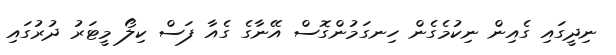
ނިދީގައި ގެއިން ނިކުމެގެން ހިނގަމުންގޮސް އޭނާގެ ގެއާ ފަސް ކިލޯ މީޓަރު ދުރުގައި